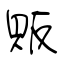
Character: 販